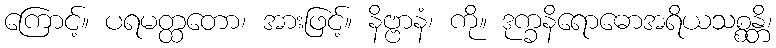
ကြောင့်။ ပရမတ္ထတော၊ အားဖြင့်။ နိဗ္ဗာနံ၊ ကို။ ဒုက္ခနိရောဓောအရိယသစ္စန္တိ၊